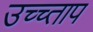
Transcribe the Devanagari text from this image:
उच्च्ताप